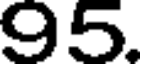
95.